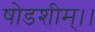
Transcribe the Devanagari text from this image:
षोडशीम्।।